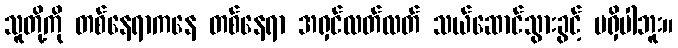
သူတို့ကို တစ်နေရာကနေ တစ်နေရာ အရှင်လတ်လတ် သယ်ဆောင်သွားခွင့် မရှိပါဘူး။